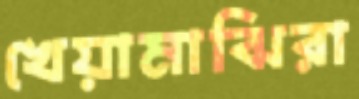
খেয়ামাঝিরা